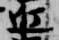
近